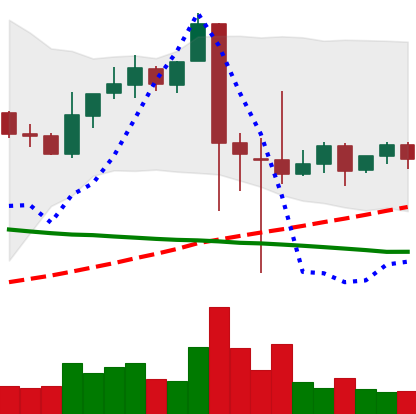
Ticker: XRP-USD
Chart end date: 2021-09-16
Forward return: -19.713%
Label: down_7plus